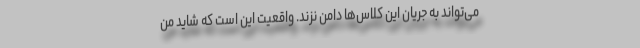
می‌تواند به جریان این کلاس‌ها دامن نزند. واقعیت این است که شاید من